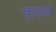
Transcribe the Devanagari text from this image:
रा़ज्य